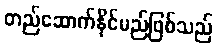
တည်ဆောက်နိုင်မည်ဖြစ်သည်